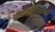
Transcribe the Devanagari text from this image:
एचएसीसीपी